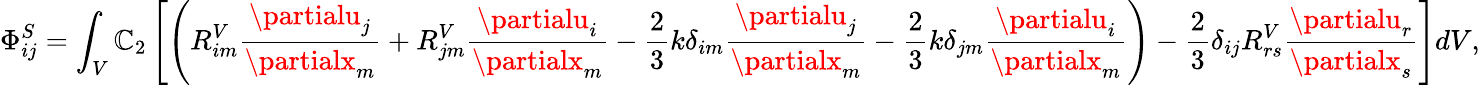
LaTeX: \Phi_{ij}^{S}=\int_{V}\mathbb{C}_{2}\left[\left(R_{im}^{V}\frac{{\partialu_{j}}}{{\partialx_{m}}}+R_{jm}^{V}\frac{{\partialu_{i}}}{{\partialx_{m}}}-\frac{{2}}{{3}}k\delta_{im}\frac{{\partialu_{j}}}{{\partialx_{m}}}-\frac{{2}}{{3}}k\delta_{jm}\frac{{\partialu_{i}}}{{\partialx_{m}}}\right)-\frac{{2}}{{3}}\delta_{ij}R_{rs}^{V}\frac{{\partialu_{r}}}{{\partialx_{s}}}\right]dV,